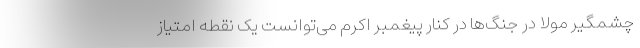
چشمگیر مولا در جنگ‌ها در کنار پیغمبر اکرم می‌توانست یک نقطه امتیاز